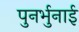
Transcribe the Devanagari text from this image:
पुनर्भुनाई